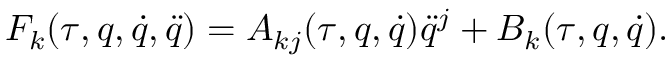
F _ { k } ( \tau , q , \dot { q } , \ddot { q } ) = A _ { k j } ( \tau , q , \dot { q } ) \ddot { q } ^ { j } + B _ { k } ( \tau , q , \dot { q } ) .